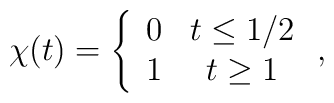
\chi (t)=\left\{\begin{array}{cc} 0 & t\leq 1/2 \\ 1 & t\geq 1 \end{array} \right. ,